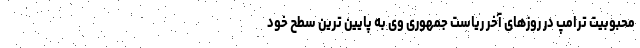
محبوبیت ترامپ در روزهای آخر ریاست جمهوری وی به پایین ترین سطح خود